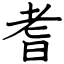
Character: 耆